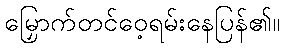
မြှောက်တင်ဝေ့ရမ်းနေပြန်၏။